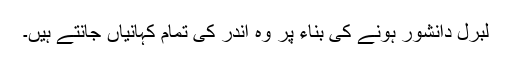
لبرل دانشور ہونے کی بناء پر وہ اندر کی تمام کہانیاں جانتے ہیں۔